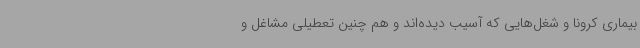
بیماری کرونا و شغل‌هایی که آسیب دیده‌اند و هم چنین تعطیلی مشاغل و